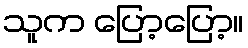
သူက ပြော့ပြော့။